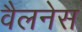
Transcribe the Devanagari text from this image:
वैलनेस